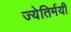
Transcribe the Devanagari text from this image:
ज्येतिर्मयी